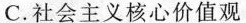
C.社会主义核心价值观